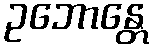
ဥဘောန္တေ